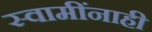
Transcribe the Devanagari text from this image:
स्वामींनाही